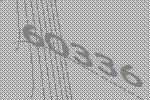
60336